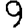
Digit: 9